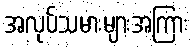
အလုပ်သမားများအကြား